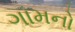
ગામનો